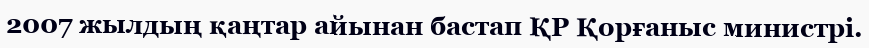
2007 жылдың қаңтар айынан бастап ҚР Қорғаныс министрi.